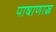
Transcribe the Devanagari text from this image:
पाषाणास्र